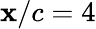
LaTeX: \mathbf{x}/c=4